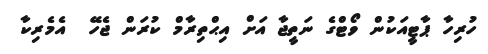
ހުރިހާ ޕާޓީއަކުން ވޯޓްގެ ނަތީޖާ އަށް އިޙްތިރާމް ކުރަން ޖެހޭ  އެމެރިކާ